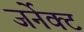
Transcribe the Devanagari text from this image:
जर्नेक्ट